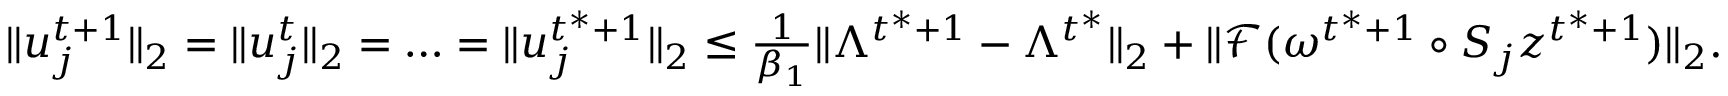
\begin{array} { r } { \| u _ { j } ^ { t + 1 } \| _ { 2 } = \| u _ { j } ^ { t } \| _ { 2 } = \ldots = \| u _ { j } ^ { t ^ { * } + 1 } \| _ { 2 } \leq \frac { 1 } { \beta _ { 1 } } \| \Lambda ^ { t ^ { * } + 1 } - \Lambda ^ { t ^ { * } } \| _ { 2 } + \| \mathcal { F } ( \omega ^ { t ^ { * } + 1 } \circ S _ { j } z ^ { t ^ { * } + 1 } ) \| _ { 2 } . } \end{array}